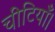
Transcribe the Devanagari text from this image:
चींटियाँ।